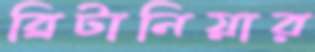
ব্রিটানিয়ার